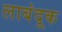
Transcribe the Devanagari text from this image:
लाबंदूक